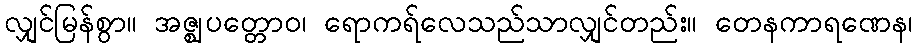
လျှင်မြန်စွာ။ အဇ္ဈပတ္တောဝ၊ ရောကရ်လေသည်သာလျှင်တည်း။ တေနကာရဏေန၊